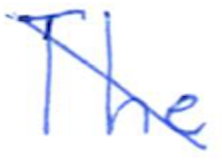
Text: The
Cross-out: diagonal
Writing tool: ballpoint